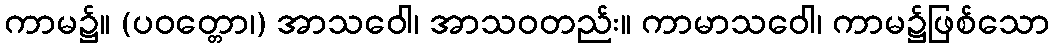
ကာမ၌။ (ပဝတ္တော၊) အာသဝေါ၊ အာသဝတည်း။ ကာမာသဝေါ၊ ကာမ၌ဖြစ်သော